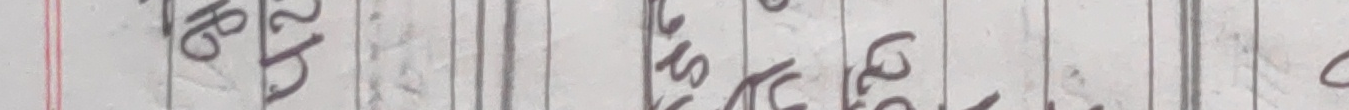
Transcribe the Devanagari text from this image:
छोरु १८ मास आश्विन ३० ७७